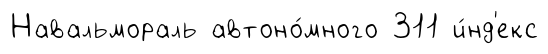
Навальмораль автоно́много 311 и́нд'екс